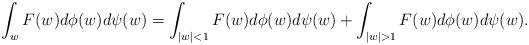
LaTeX: \begin{align*}\int_w F(w) d\phi(w) d\psi(w) = \int_{|w|<1} F(w) d\phi(w) d\psi(w)+\int_{|w|>1} F(w) d\phi(w) d\psi(w).\end{align*}